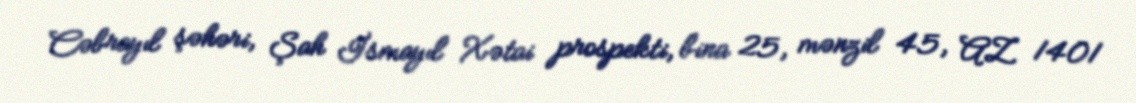
Cəbrayıl şəhəri, Şah İsmayıl Xətai prospekti, bina 25, mənzil 45, AZ 1401